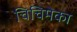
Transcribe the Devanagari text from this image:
चिचिमेका